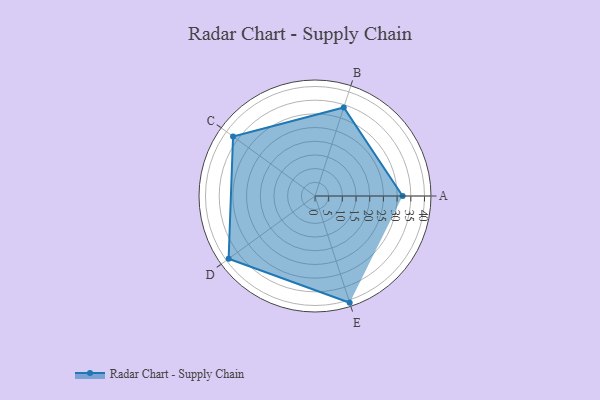
{"axis": {"x": "Skill", "y": "Score"}, "legend": ["Profile"], "data": [{"x": "A", "y": 32.0, "type": "Profile"}, {"x": "B", "y": 34.0, "type": "Profile"}, {"x": "C", "y": 37.0, "type": "Profile"}, {"x": "D", "y": 39.0, "type": "Profile"}, {"x": "E", "y": 41.0, "type": "Profile"}]}